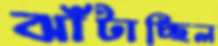
ঝাঁটাচ্ছিল